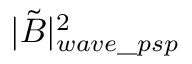
| \tilde { B } | _ { w a v e \_ p s p } ^ { 2 }